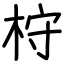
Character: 𣑋